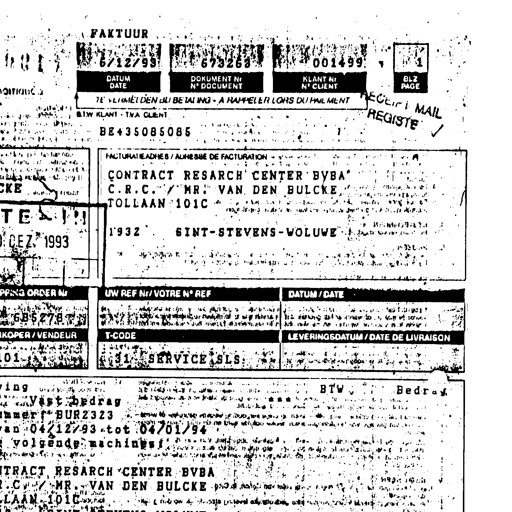
FAKTUUR
6/12/93 673263 001499 1
DATUM
DATE
DOKUMENT Nr
N° DOCUMENT
KLANT Nr
N° CLIENT
BLZ
PAGE
TE VERMELDEN BIJ BETALING - A RAPPELER LORS DU PAIEMENT
BTW KLANT - TVA CLIENT
BE435085085 1
FACTURATIEADRES / ADRESSE DE FACTURATION
CONTRACT RESARCH CENTER BVBA
C.R.C. / MR. VAN DEN BULCKE
TOLLAAN 101C
1932 SINT-STEVENS-WOLUWE
RECU i MAIL
REGISTE
ORDER Nr
685278
UW REF Nr / VOTRE N° REF
DATUM / DATE
KOPER / VENDEUR
T-CODE
LEVERINGSDATUM / DATE DE LIVRAISON
31 SERVICE SLS
BTW Bedrag
Vast bedrag
BUR2323
van 04/12/93 tot 04/01/94
volgende machines :
CONTRACT RESARCH CENTER BVBA
C.R.C. / MR. VAN DEN BULCKE
TOLLAAN 101C